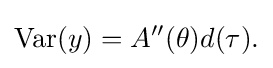
\operatorname {Var} (y)=A''(\theta )d(\tau ).\,\!